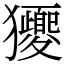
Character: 獿